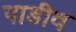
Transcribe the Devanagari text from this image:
पाडीव